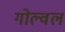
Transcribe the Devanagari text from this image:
गोल्वल